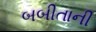
બબીતાની